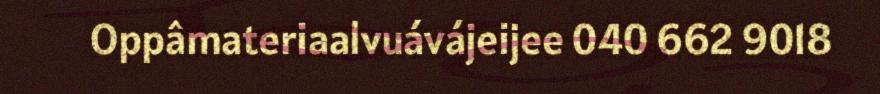
Oppâmateriaalvuávájeijee 040 662 9018